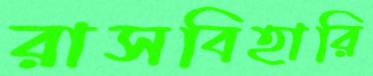
রাসবিহারি